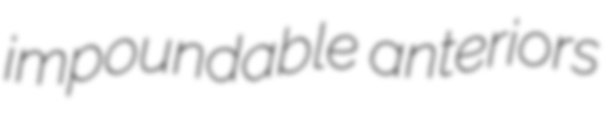
impoundable anteriors